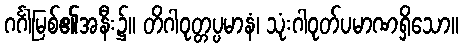
ဂင်္ဂါမြစ်၏အနီး၌။ တိဂါဝုတ္တပ္ပမာနံ၊ သုံးဂါဝုတ်ပမာဏရှိသော။